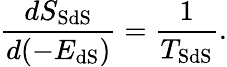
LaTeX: \frac{dS_{\mathrm{SdS}}}{d(-E_{\mathrm{dS}})}=\frac{1}{T_{\mathrm{SdS}}}.